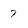
Character: 7